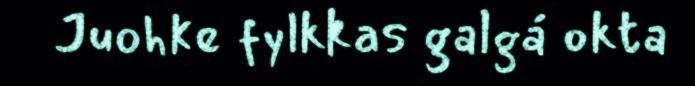
Juohke fylkkas galgá okta